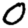
Digit: 0